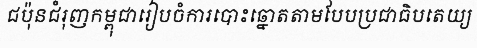
ជប៉ុនជំរុញកម្ពុជារៀបចំការបោះឆ្នោតតាមបែបប្រជាធិបតេយ្យ